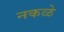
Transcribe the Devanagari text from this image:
नकळे